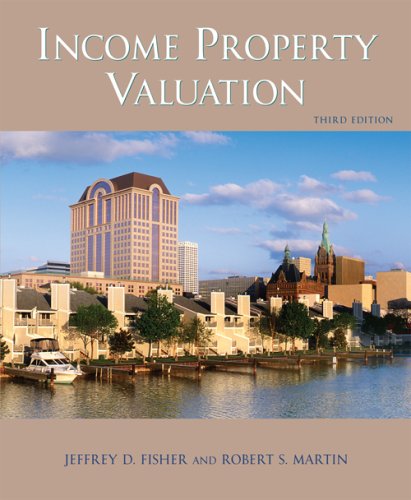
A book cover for Income Property Valuation; Jeffrey d. Fisher; Business & Money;